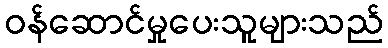
ဝန်ဆောင်မှုပေးသူများသည်